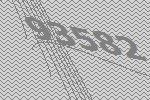
93582